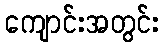
ကျောင်းအတွင်း